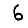
Digit: 6